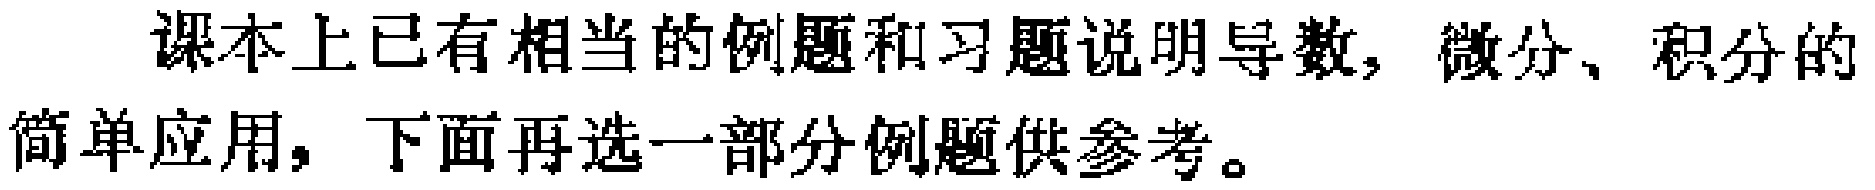
课本上已有相当的例题和习题说明导数, 微分、积分的简单应用, 下面再选一部分例题供参考。